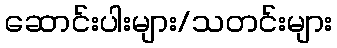
ဆောင်းပါးများ/သတင်းများ